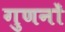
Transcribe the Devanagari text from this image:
गुणनों